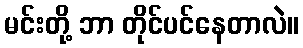
မင်းတို့ ဘာ တိုင်ပင်နေတာလဲ။